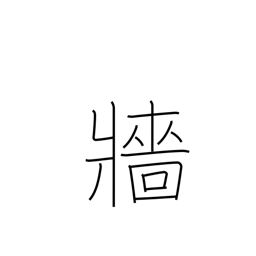
Meaning: hedge